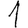
Digit: 1